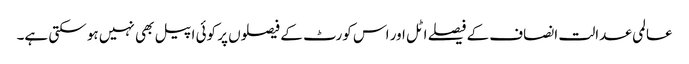
عالمی عدالت انصاف کے فیصلے اٹل اور اس کورٹ کے فیصلوں پر کوئی اپیل بھی نہیں ہو سکتی ہے۔